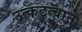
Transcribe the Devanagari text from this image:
उत्कटत्वाने